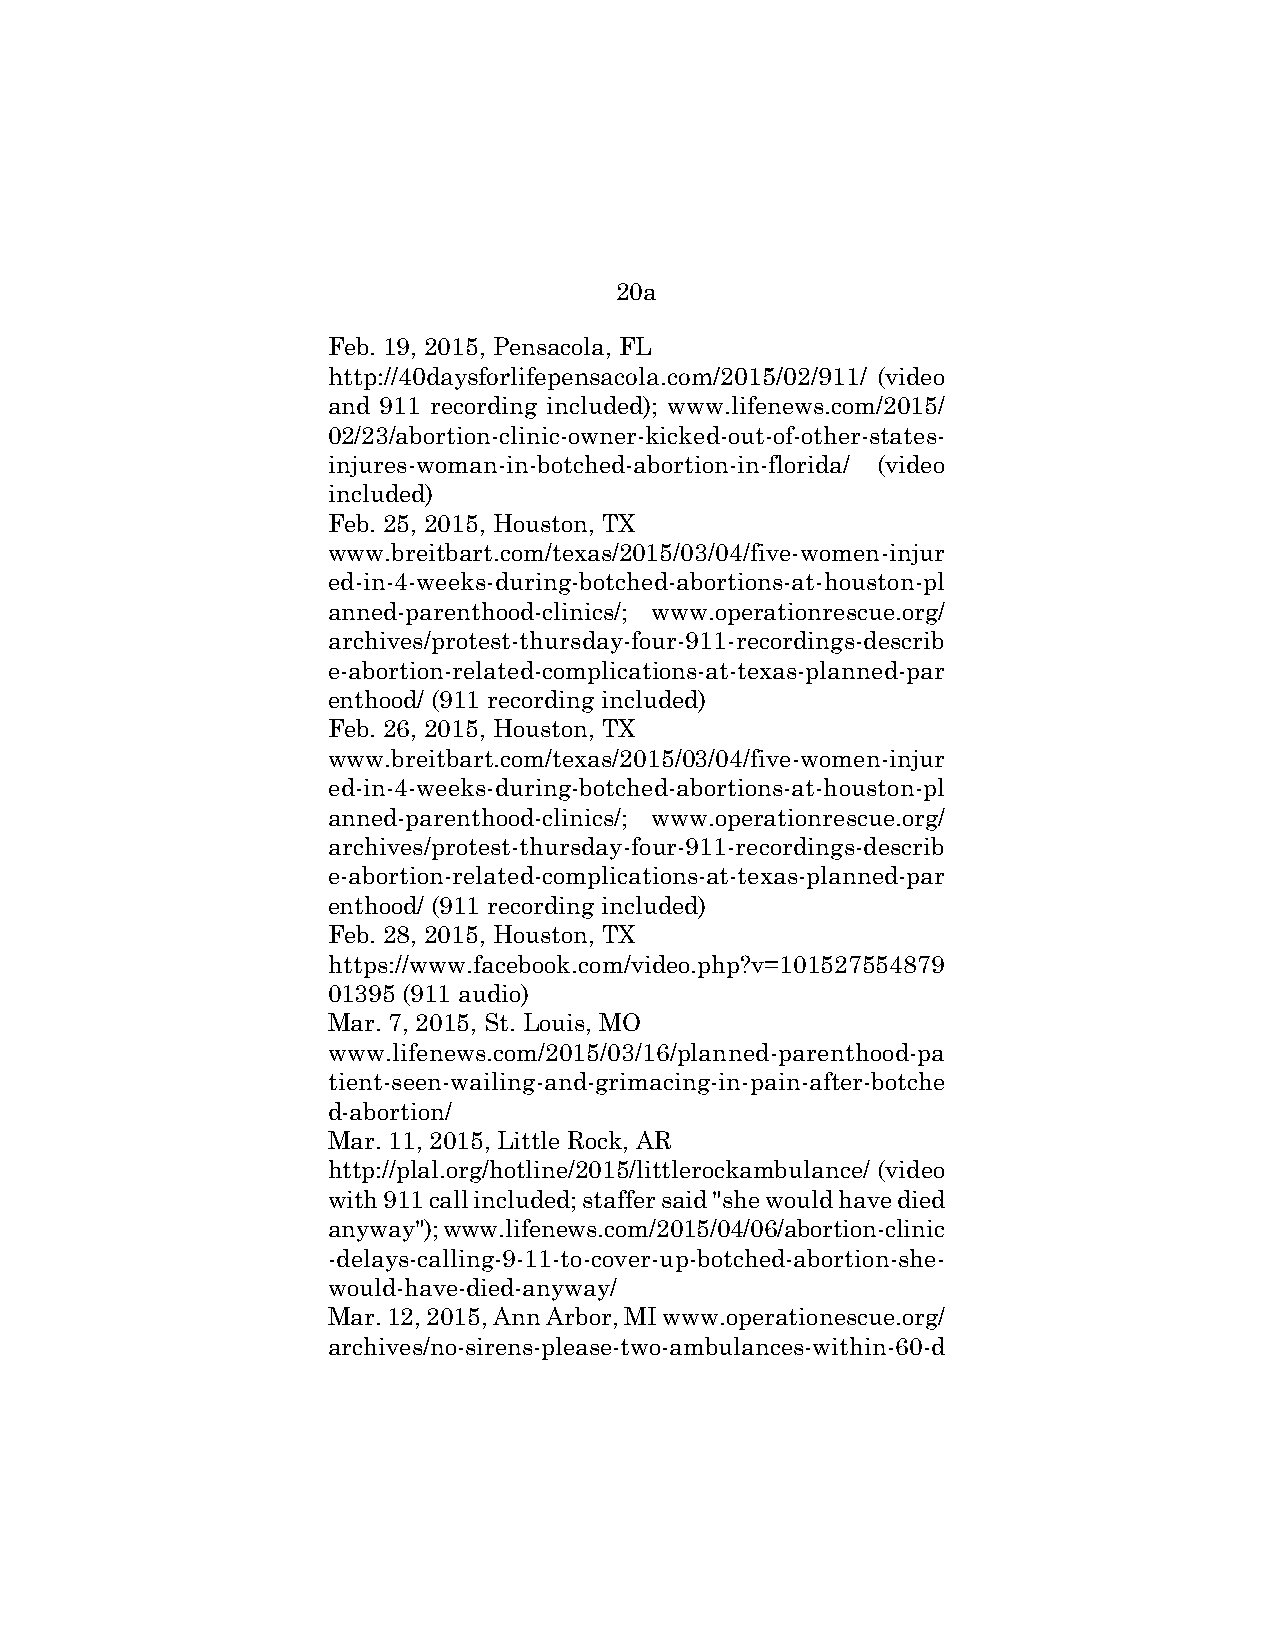
20a
 Feb. 19, 2015, Pensacola, FL
 http://40daysforlifepensacola.com/2015/02/911/ (video
 and 911 recording included); www.lifenews.com/2015/
 02/23/abortion-clinic-owner-kicked-out-of-other-states-
 injures-woman-in-botched-abortion-in-florida/ (video
 included)
 Feb. 25, 2015, Houston, TX
 www.breitbart.com/texas/2015/03/04/five-women-injur
 ed-in-4-weeks-during-botched-abortions-at-houston-pl
 anned-parenthood-clinics/; www.operationrescue.org/
 archives/protest-thursday-four-911-recordings-describ
 e-abortion-related-complications-at-texas-planned-par
 enthood/ (911 recording included)
 Feb. 26, 2015, Houston, TX
 www.breitbart.com/texas/2015/03/04/five-women-injur
 ed-in-4-weeks-during-botched-abortions-at-houston-pl
 anned-parenthood-clinics/; www.operationrescue.org/
 archives/protest-thursday-four-911-recordings-describ
 e-abortion-related-complications-at-texas-planned-par
 enthood/ (911 recording included)
 Feb. 28, 2015, Houston, TX
 https://www.facebook.com/video.php?v=101527554879
 01395 (911 audio)
 Mar. 7, 2015, St. Louis, MO
 www.lifenews.com/2015/03/16/planned-parenthood-pa
 tient-seen-wailing-and-grimacing-in-pain-after-botche
 d-abortion/
 Mar. 11, 2015, Little Rock, AR
 http://plal.org/hotline/2015/littlerockambulance/ (video
 with 911 call included; staffer said "she would have died
 anyway"); www.lifenews.com/2015/04/06/abortion-clinic
 -delays-calling-9-11-to-cover-up-botched-abortion-she-
 would-have-died-anyway/
 Mar. 12, 2015, Ann Arbor, MI www.operationescue.org/
 archives/no-sirens-please-two-ambulances-within-60-d